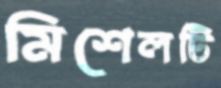
মিশেলটি